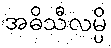
အဓိသီလမ္ပိ